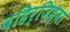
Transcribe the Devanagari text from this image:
वहिर्जिह्वा